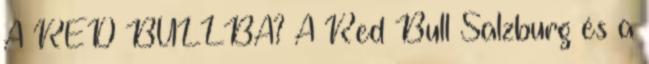
A RED BULLBA? A Red Bull Salzburg és a